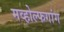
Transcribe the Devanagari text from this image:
मव्होल्फगांग